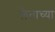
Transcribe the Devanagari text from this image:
लेताच्या